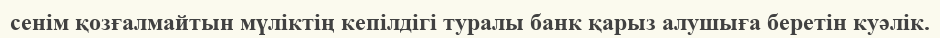
сенім қозғалмайтын мүліктің кепілдігі туралы банк қарыз алушыға беретін куәлік.